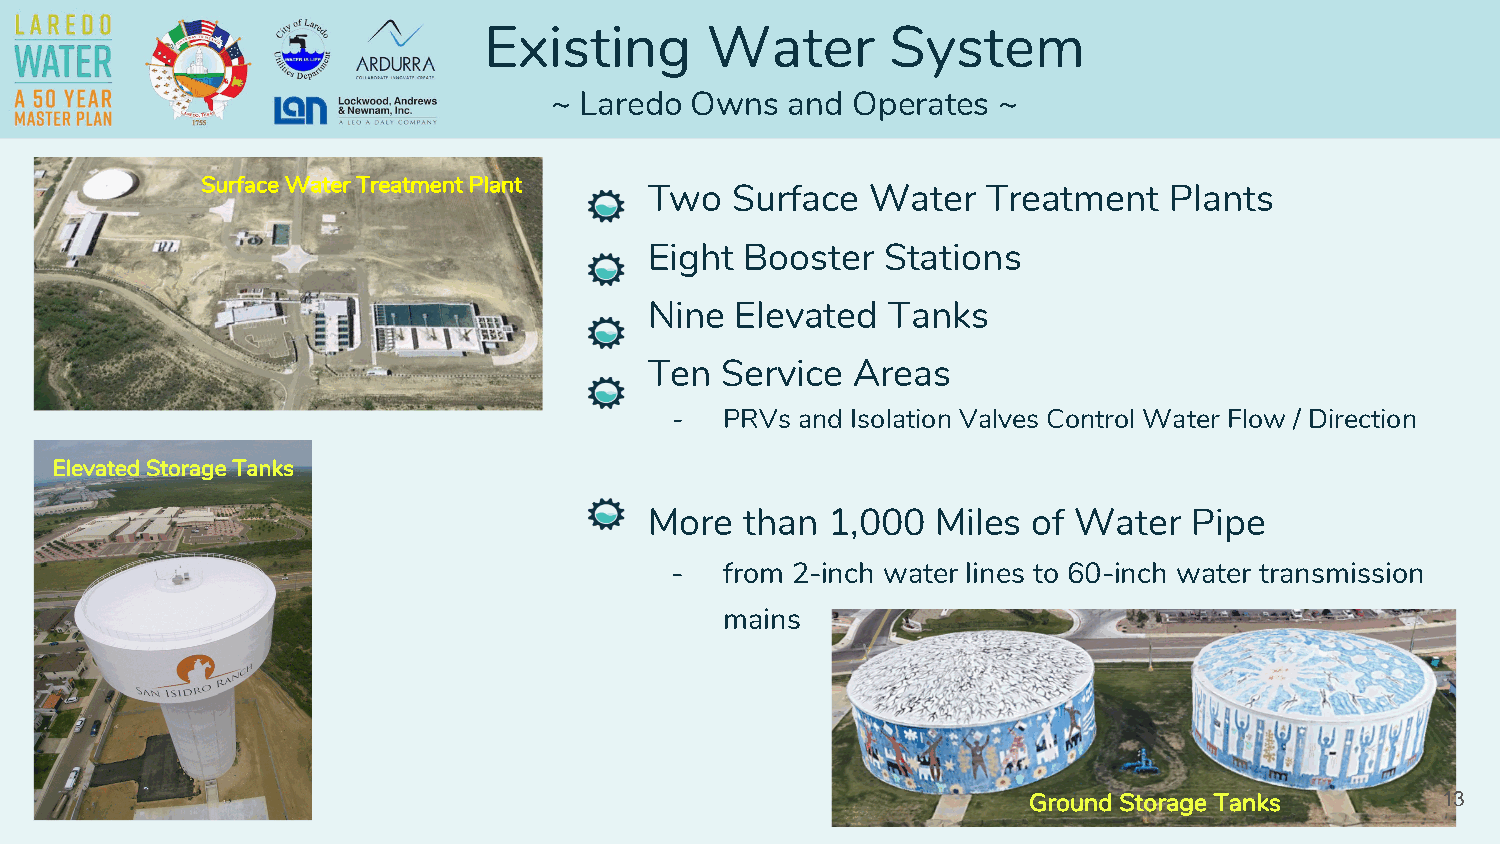
Existing       Water       System
 ~ Laredo Owns  and Operates  ~
 Surface Water Treatment Plant
 Two  Surface   Water  Treatment   Plants
 Eight Booster   Stations
 Nine  Elevated  Tanks
 Ten  Service Areas
 -   PRVs and Isolation Valves Control Water Flow / Direction
 Elevated Storage Tanks
 More  than  1,000  Miles of Water   Pipe
 -   from 2-inch water lines to 60-inch water transmission
 mains
 Ground Storage Tanks       13